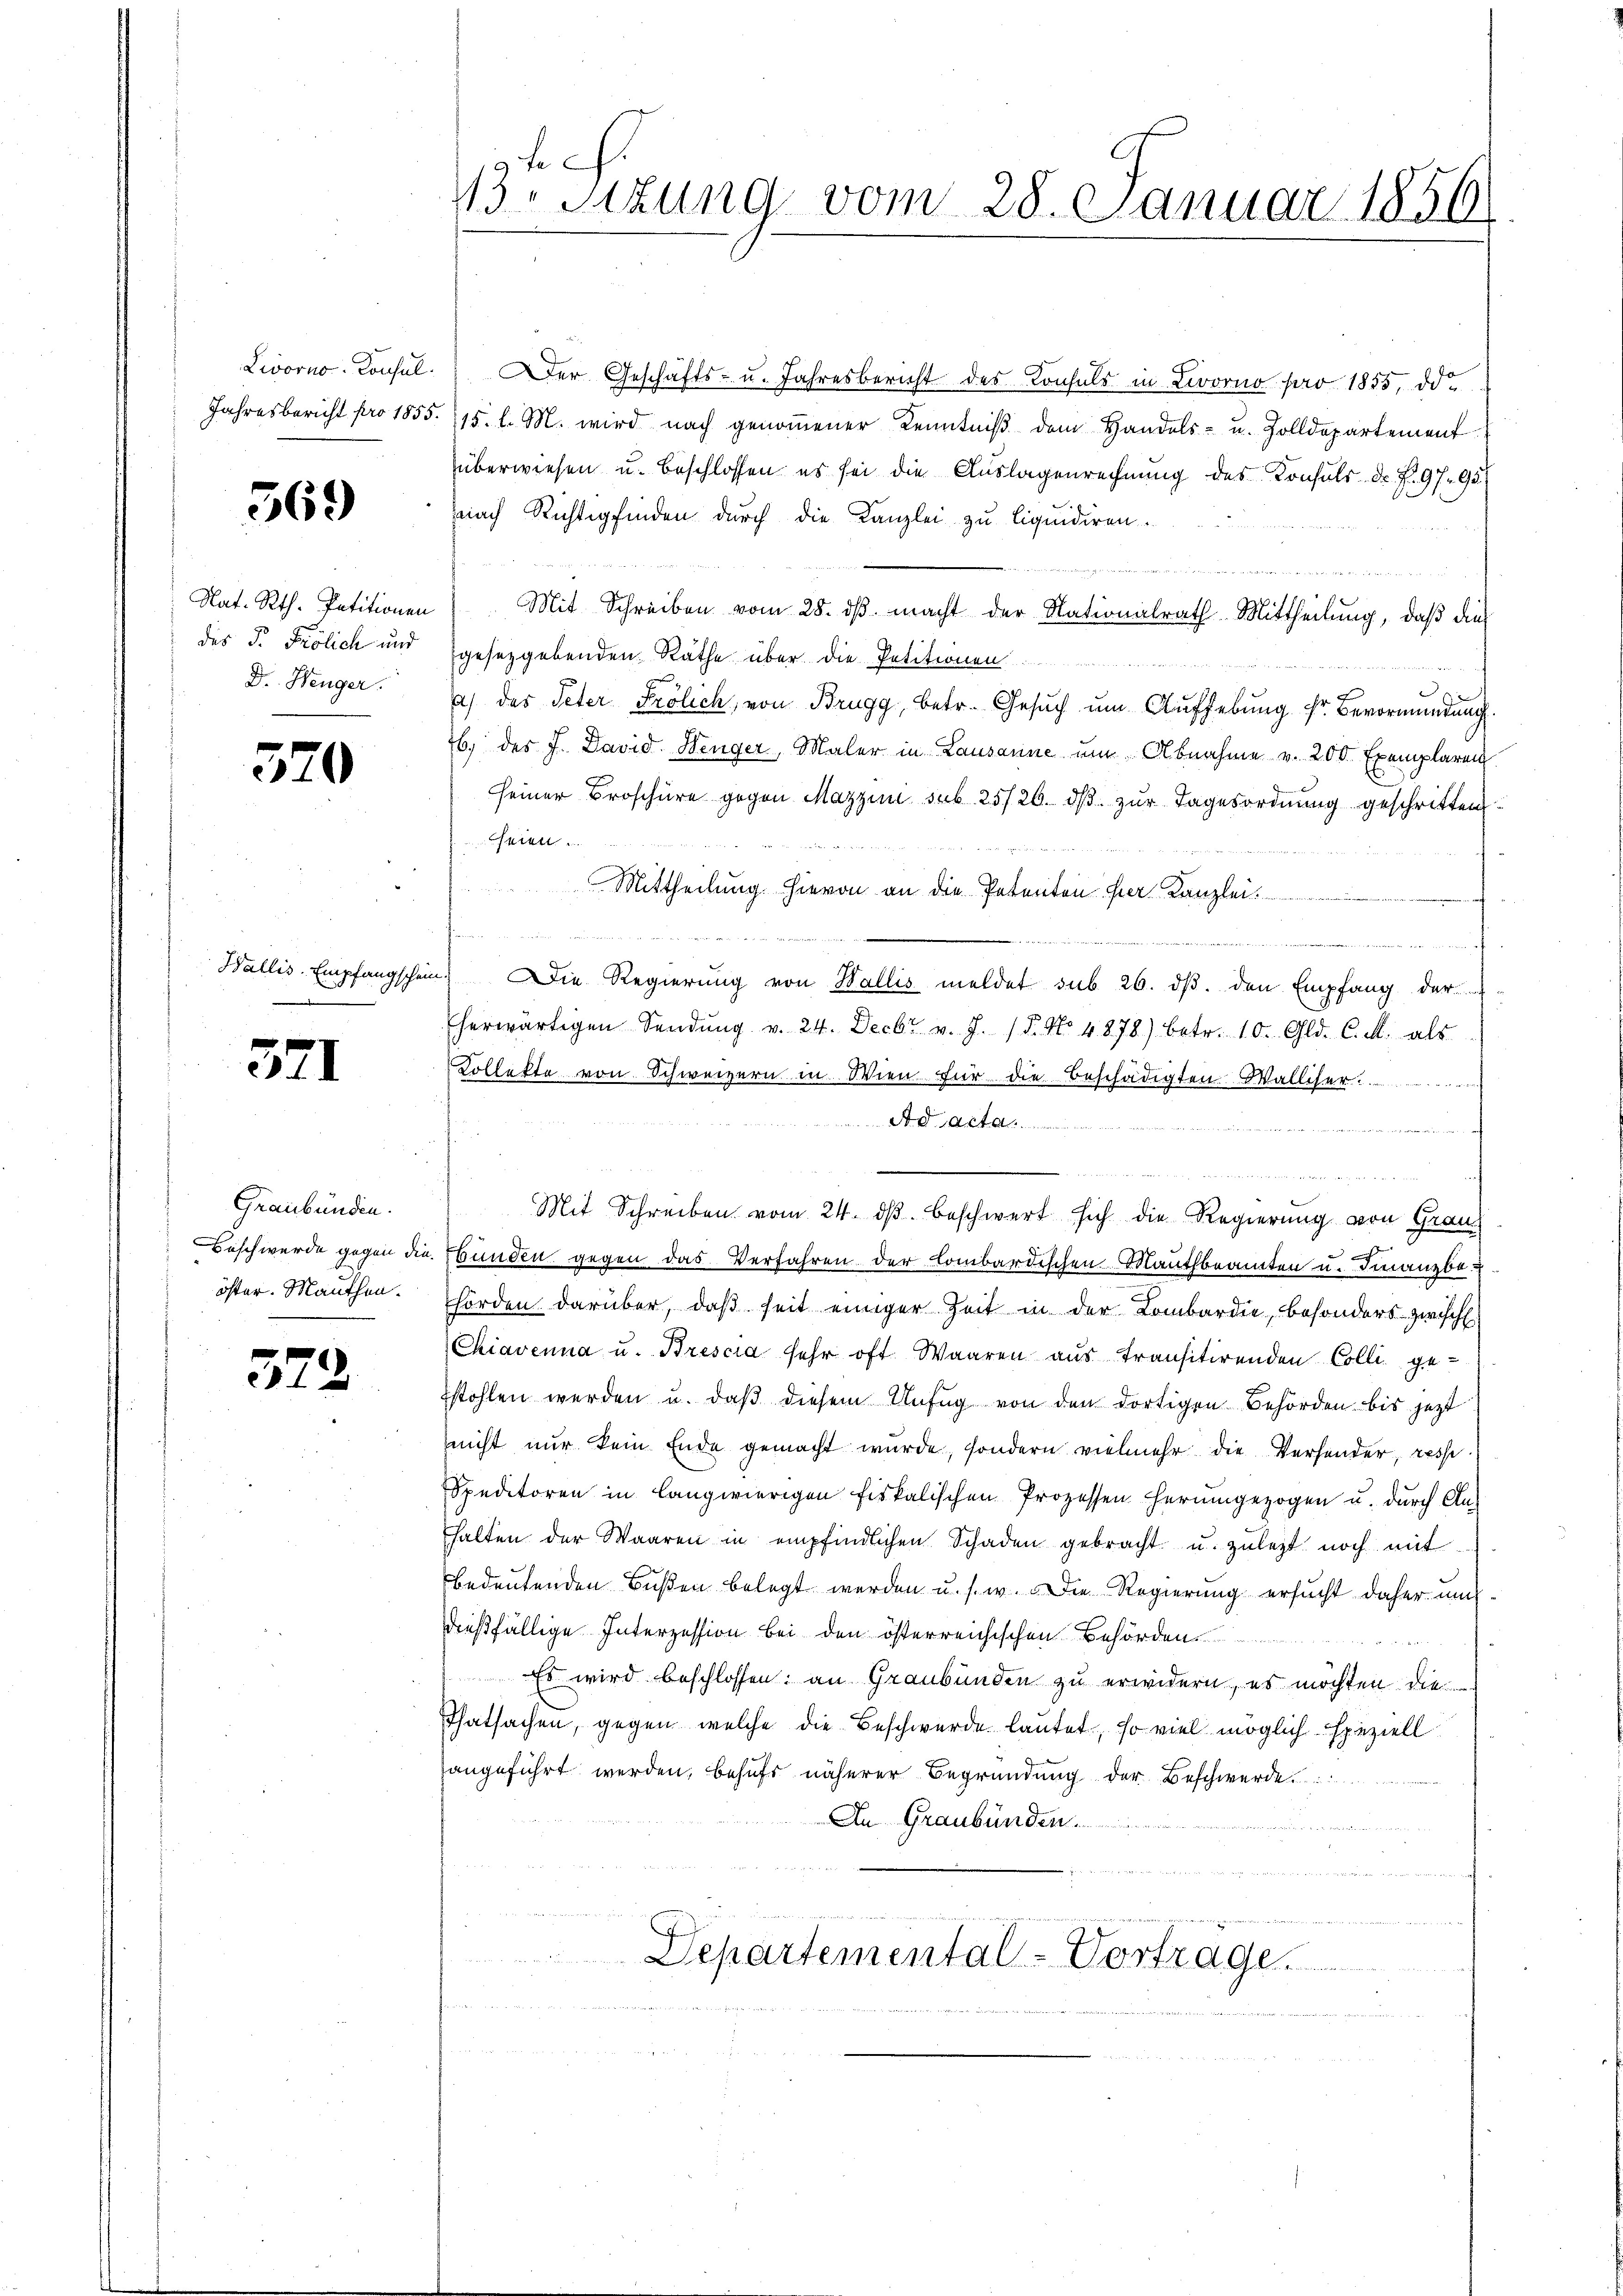
569

Dr. Henger.

570

371

Graubünden.
öster. Mauthen.

572

13. Sitzung vom 28. Januar 1856

Livorno. Consul.  Der Geschäfts- u. Jahresbericht des Konsuls in Livorno pro 1855, die
Jahresbericht pro 1855. 115. l. M. wird nach genoṁener Kenntniβ dem Handels- u. Zolldepartement
überwiesen u. beschlossen es sei die Auslagenrechnung des Konsuls Dr. P. 97. 95
nach Richtig finden durch die Kanzlei zu liquidiren.
.
Nat. Rth. Petitionen Mit Schreiben vom 28. dβ macht der Nationalrath Mittheilŭng, daβ die
des P. Frölich und gesetzgebenden Rathe über die Petitionen
a) das Peter Frölich, von Brugg, betr. Gesŭch ŭm Aŭfhebŭng fr. Bevormŭndŭng
b) des J. David Wenger, Maler in Lausanne um Abnahme v. 200 Exemplaren.
seiner Broschüre gegen Mazzini sub 25/26. dβ zŭr Tagesordnŭng geschritten.
seien.
 Mittheilung hievon an die Petenton hier Kanzlei.

diesen wordert werden wi
Wallis. Empfangschein. Die Regierŭng von Wallis meldet sub 26. dβ. den Empfang der
herwärtigen Sendŭng v. 24. Decbr v. J. P. No. 4878) betr. 10. Gld. C. M. als
Kollekte von Schweizern in Wien für die Beschädigten Walliser

migen reinigen auf
d
Mit Schreiben vom 24. dβ beschwert sich die Regierŭng von Grau
Beschwerde gegen die bunden gegen das Verfahren der Lombardischen Mauthbeamten u. Finanzbe-
hörden darüber, daß seit einiger Zeit in der Lombardie, besonders zwische
Chiavenna u. Brescia sehr oft Waaren aus transitirenden Colli ge-
stohlen werden u. daβ diesem Unfŭg von den dortigen Behörden bis jetzt
nicht nur kein Ende gemacht wurde, sondern vielmehr die Versonder, resse
Speditoren in langwierigen fiskalischen Prozessen herumgezogen u. durch An-
halten der Waaren in empfindlichen Schaden gebracht u. zuletzt noch mit
bedeutenden Bußen belegt werden u. s. w. Die Regierung ersŭcht daher ums
dießfällige Interzession bei den österreichischen Behörden.

 Es wird beschlossen, an Graubünden zu erwidern, es möchten die
Thatsachen, gegen welche die Beschwerde lautet, so viel möglich speziell
angeführt werden, behufs näherer Begründung der Beschwerde
An Graubünden.
Departemental-Vortrage.

eigen